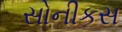
સોનીકસ